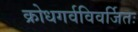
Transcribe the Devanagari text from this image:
क्रोधगर्वविवर्जितः